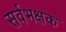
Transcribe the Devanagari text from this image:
सर्वभक्षक